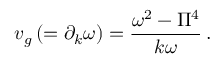
v _ { g } \left( = \partial _ { k } \omega \right) = \frac { \omega ^ { 2 } - \Pi ^ { 4 } } { k \omega } \, .